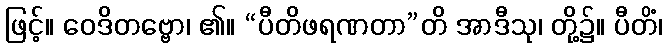
ဖြင့်။ ဝေဒိတဗ္ဗော၊ ၏။ “ပီတိဖရဏတာ”တိ အာဒီသု၊ တို့၌။ ပီတိံ၊